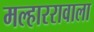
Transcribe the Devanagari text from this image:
मल्हाररावाला